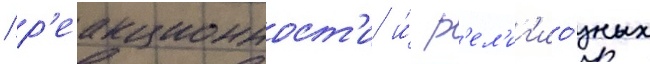
/ р'еакционност'и и́ р'ел'иг'ио́зных